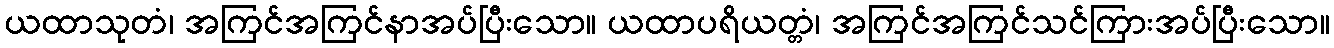
ယထာသုတံ၊ အကြင်အကြင်နာအပ်ပြီးသော။ ယထာပရိယတ္တံ၊ အကြင်အကြင်သင်ကြားအပ်ပြီးသော။